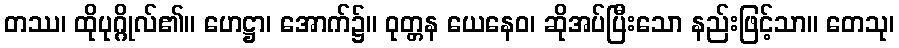
တဿ၊ ထိုပုဂ္ဂိုလ်၏။ ဟေဋ္ဌာ၊ အောက်၌။ ဝုတ္တန ယေနေဝ၊ ဆိုအပ်ပြီးသော နည်းဖြင့်သာ။ တေသု၊